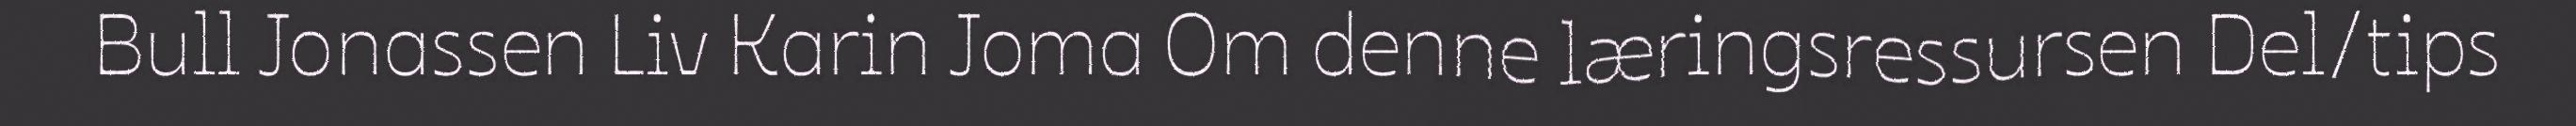
Bull Jonassen Liv Karin Joma Om denne læringsressursen Del/tips